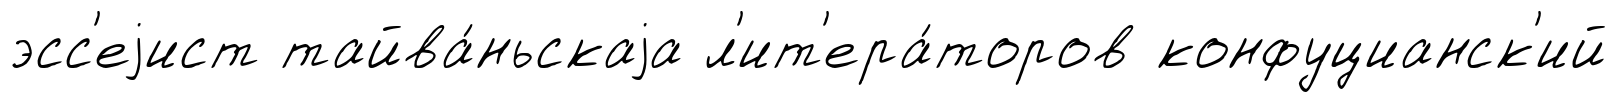
эсс'еjист тайва́ньскаjа л'ит'ера́торов конфуцианск'ий